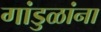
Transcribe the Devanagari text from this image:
गांडुळांना